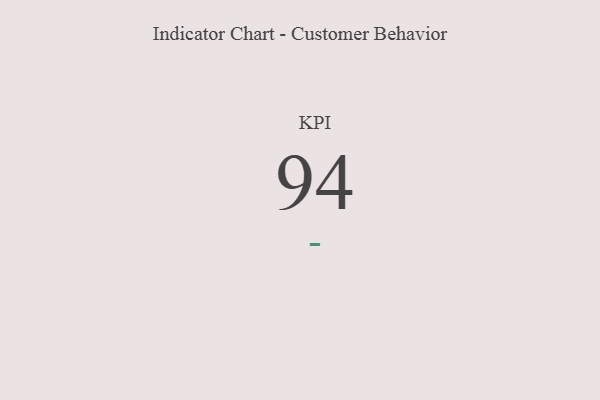
{"axis": {"x": "KPI", "y": "Value"}, "legend": [""], "data": [{"x": "KPI", "y": 94, "type": ""}]}